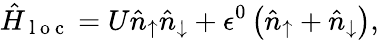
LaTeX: \hat{H}_{\mathrm{~l~o~c~}}=U\hat{n}_{\uparrow}\hat{n}_{\downarrow}+\epsilon^{0}\left(\hat{n}_{\uparrow}+\hat{n}_{\downarrow}\right),